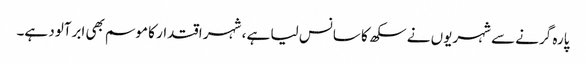
پارہ گرنے سے شہریوں نے سکھ کا سانس لیا ہے ، شہر اقتدار کا موسم بھی ابرآلود ہے۔